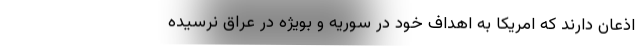
اذعان دارند که امریکا به اهداف خود در سوریه و بویژه در عراق نرسیده